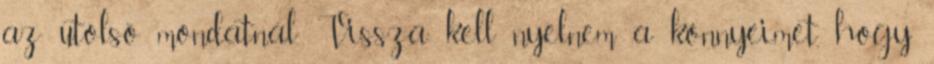
az utolsó mondatnál. Vissza kell nyelnem a könnyeimet, hogy